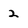
Character: 2